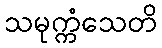
သမုက္ကံသေတိ